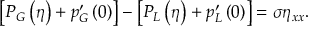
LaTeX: \left[ P _ { G } \left( \eta \right) + p _ { G } ^ { \prime } \left( 0 \right) \right] - \left[ P _ { L } \left( \eta \right) + p _ { L } ^ { \prime } \left( 0 \right) \right] = \sigma \eta _ { x x } .